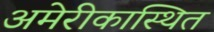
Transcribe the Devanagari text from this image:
अमेरीकास्थित